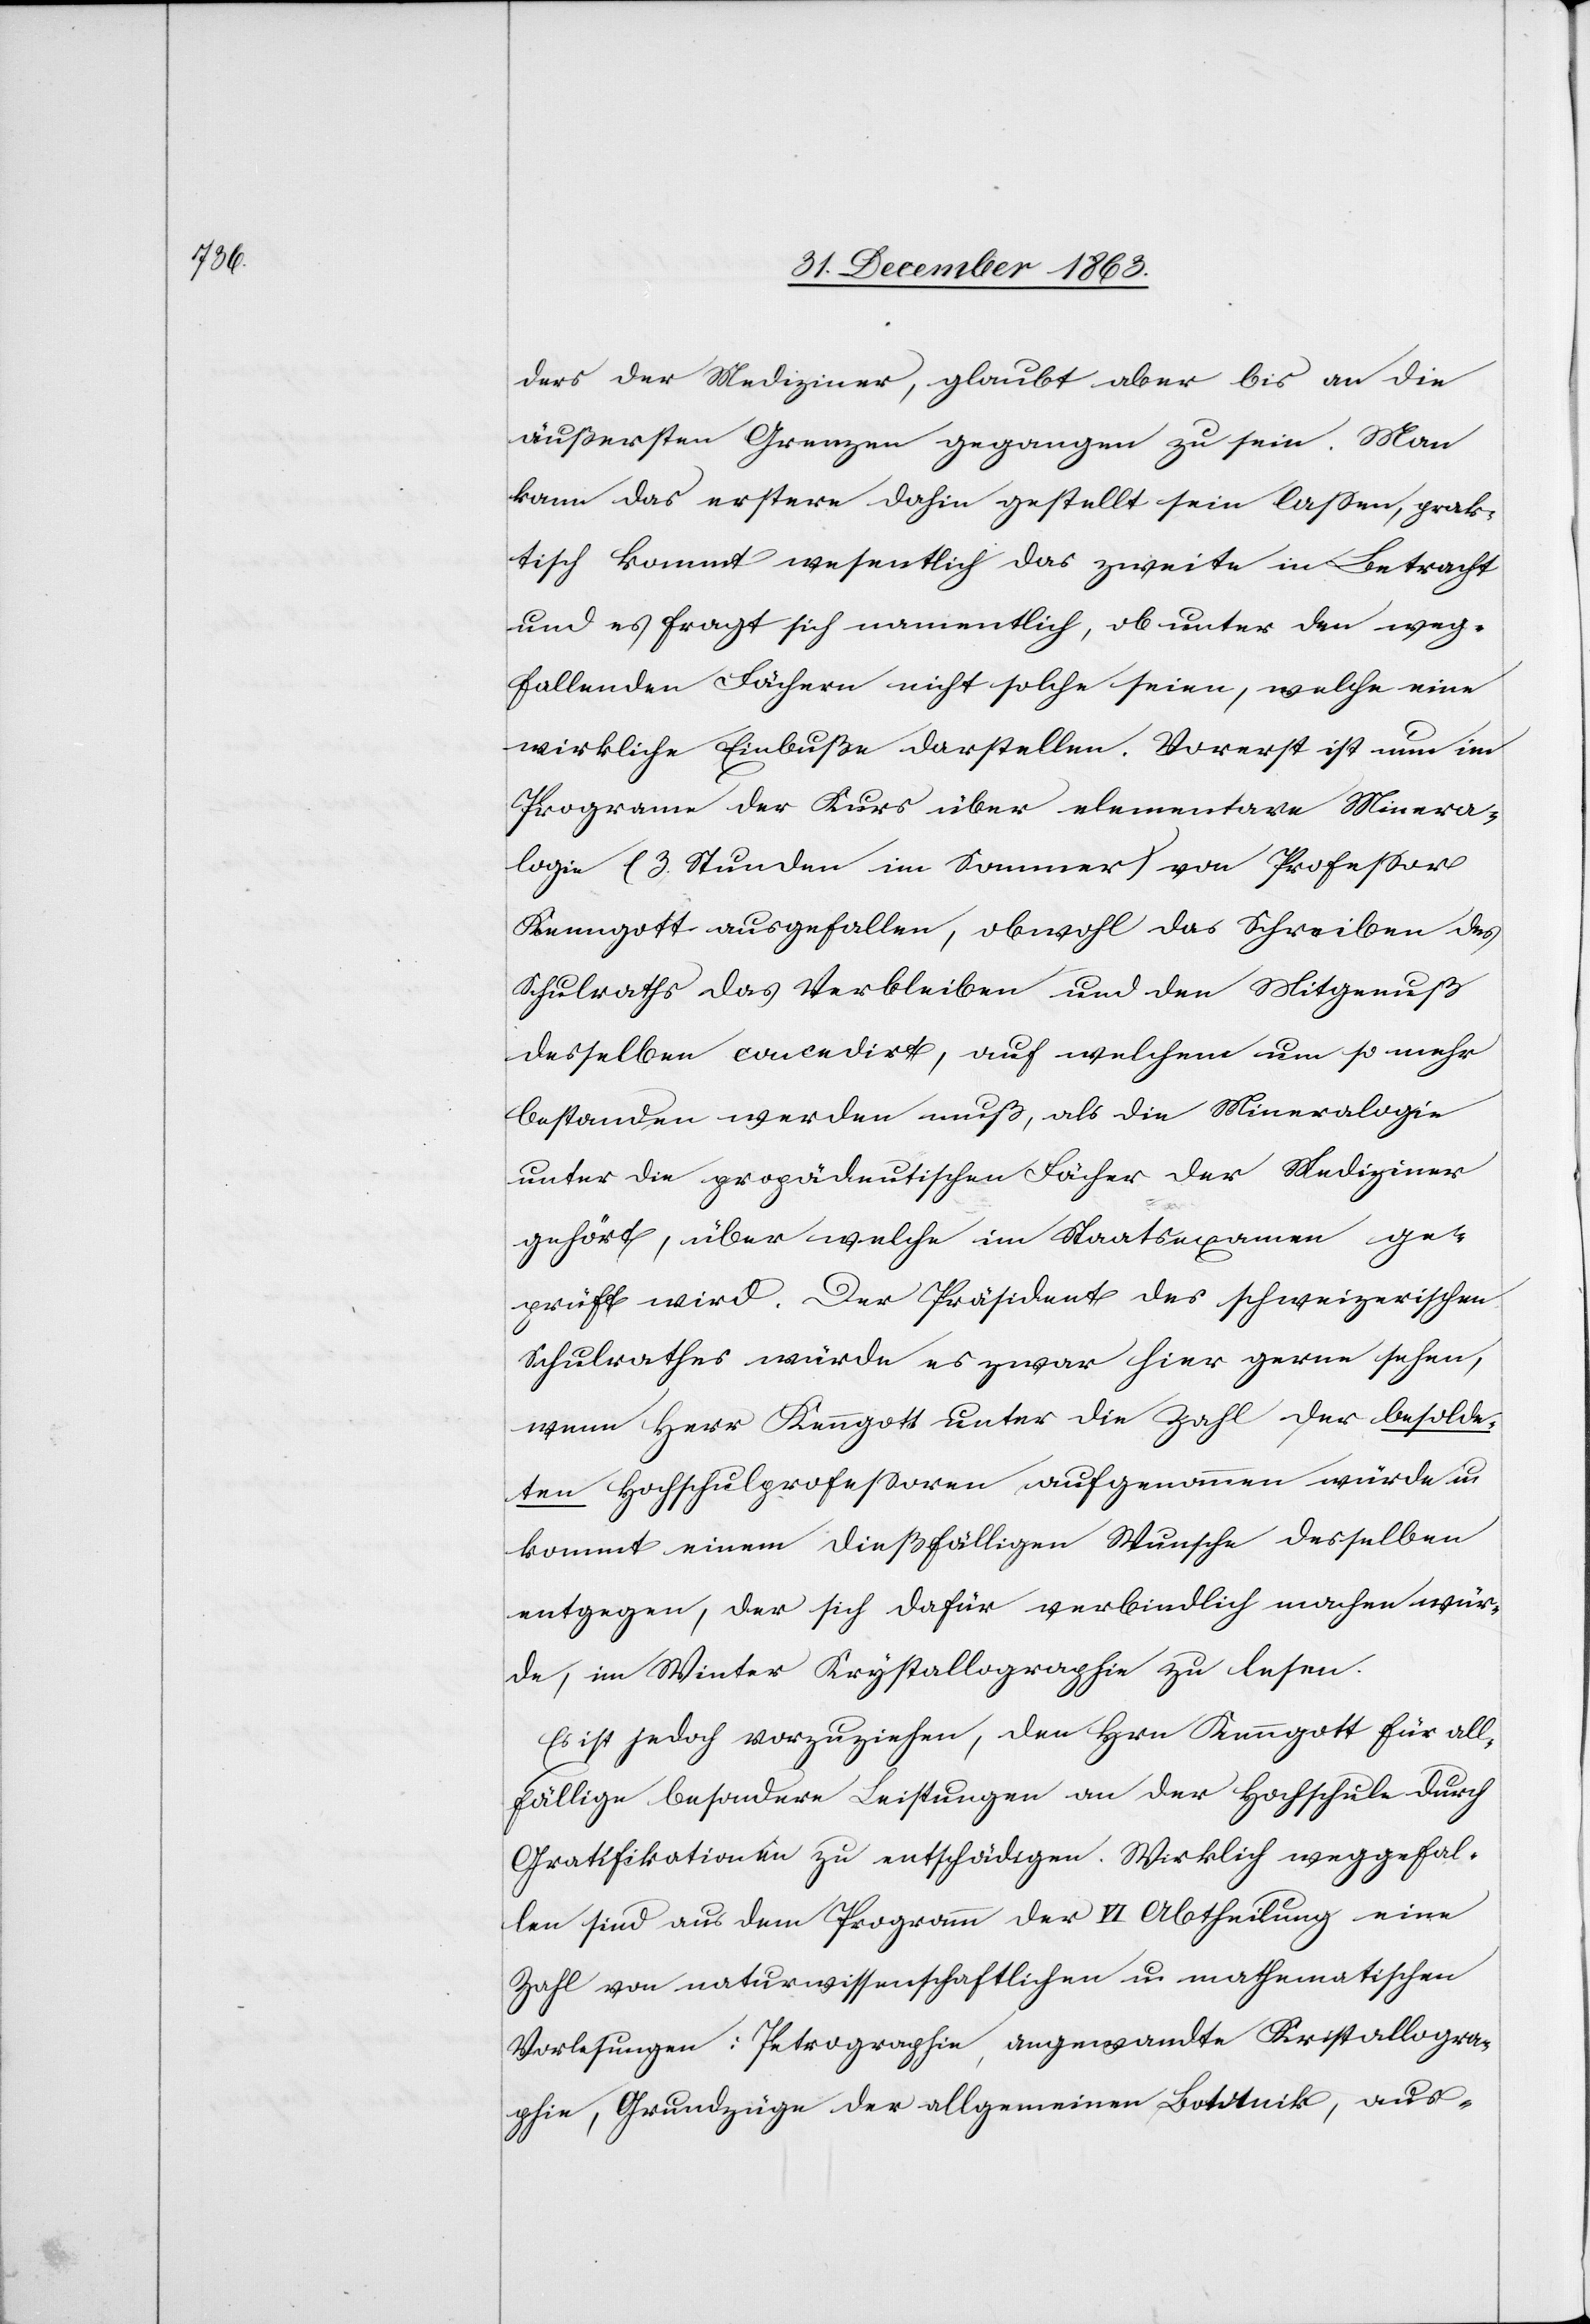
ders der Mediziner, glaubt aber bis an die
äußersten Grenzen gegangen zu sein. Man
kann das erstere dahin gestellt sein lassen, prak¬
tisch kommt wesentlich das zweite in Betracht
und es fragt sich namentlich, ob unter den weg¬
fallenden Fächern nicht solche seien, welche eine
wirkliche Einbuße darstellen. Vorerst ist nun im
Program[m]e der Kurs überelementare Minera¬
logie (3. Stunden im Sommer) von Professor
Kenngott ausgefallen, obwohl das Schreiben des
Schulraths das Verbleiben und den Mitgenuß
desselben concedirt, auf welchem um so mehr
bestanden werden muß, als die Mineralogie
unter die propädeutischen Fächer der Mediziner
gehört, über welche im Staatsexamen ge¬
prüft wird. Der Präsident des schweizerischen
Schulrathes würde es zwar hier gerne sehen,
wenn Herr Kenngott unter die Zahl der besolde¬
ten Hochschulprofessoren aufgenommen würde u.
kommt einem dießfälligen Wunsche desselben
entgegen, der sich dafür verbindlich machen wür¬
de, im Winter Krystallographie zu lesen.
Es ist jedoch vorzuziehen, den Hrn Kenngott für all¬
fällige besondere Leistungen an der Hochschule durch
Gratifikationen zu entschädigen. Wirklich weggefal¬
len sind aus dem Programm der VI Abtheilung eine
Zahl von naturwissenschaftlichen u. mathematischen
Vorlesungen: Petrographie, angewandte Kristallogra¬
phie, Grundzüge der allgemeinen Botanik, aus-